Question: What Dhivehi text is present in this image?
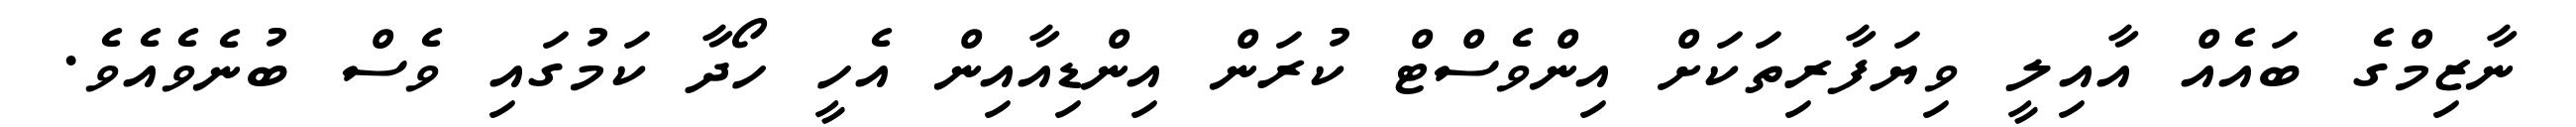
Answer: ނާޒިމްގެ ބައެއް އާއިލީ ވިޔަފާރިތަކަށް އިންވެސްޓް ކުރަން އިންޑިއާއިން އެހީ ހޯދާ ކަމުގައި ވެސް ބުނެވެއެވެ.